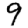
Digit: 9